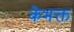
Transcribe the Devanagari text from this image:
केभक्त